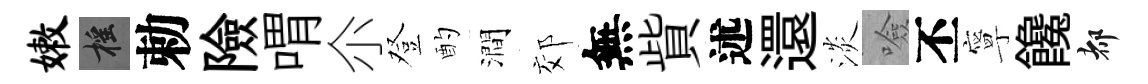
嫩摇勅險喟尒登酌澗郊無貲述還淡噞丕寧饞都